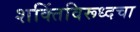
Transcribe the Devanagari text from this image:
शक्तिंविरूध्दचा